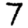
Digit: 7